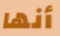
أنها